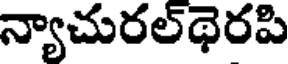
న్యాచురల్థెరపి